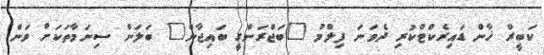
ކަބީރް ޚާން ޑައިރެކްޓްކުރި ދެވަނަ ފިލްމު "ބަޖްރަންގީ ބައިޖާން" ބަލަން ސިނަމާތަކަށް ވަން